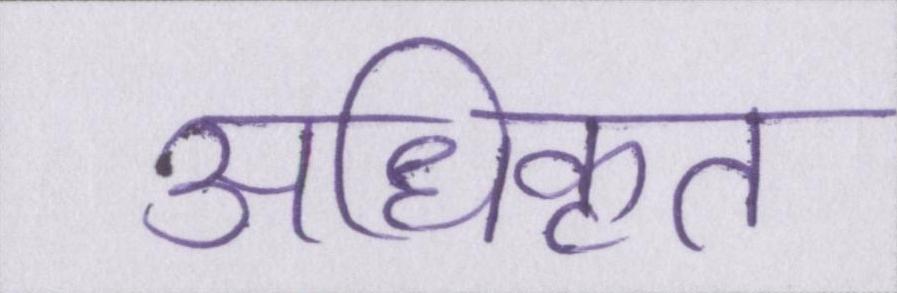
अधिकृत